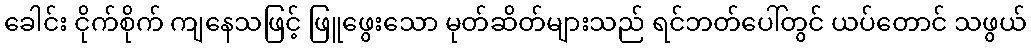
ခေါင်း ငိုက်စိုက် ကျနေသဖြင့် ဖြူဖွေးသော မုတ်ဆိတ်များသည် ရင်ဘတ်ပေါ်တွင် ယပ်တောင် သဖွယ်